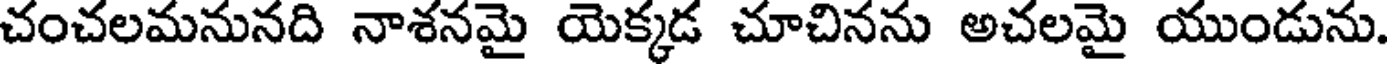
చంచలమనునది నాశనమై యెక్కడ చూచినను అచలమై యుండును.